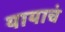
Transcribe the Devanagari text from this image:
यायाचं